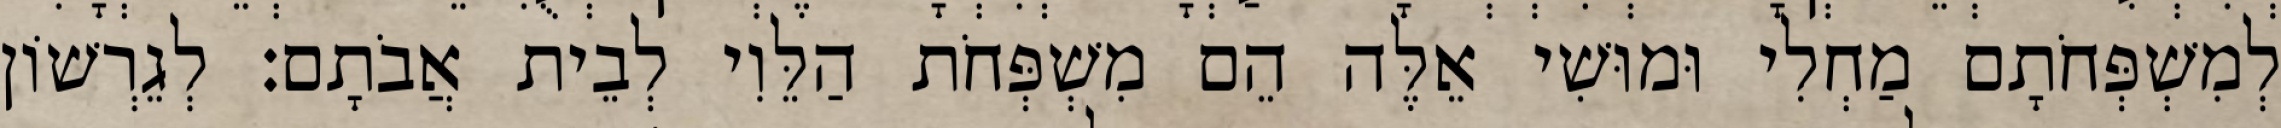
לְמִשְׁפְּחֹתָם מַחְלִי וּמוּשִׁי אֵלֶּה הֵם מִשְׁפְּחֹת הַלֵּוִי לְבֵית אֲבֹתָם׃ לְגֵרְשׁוֹן